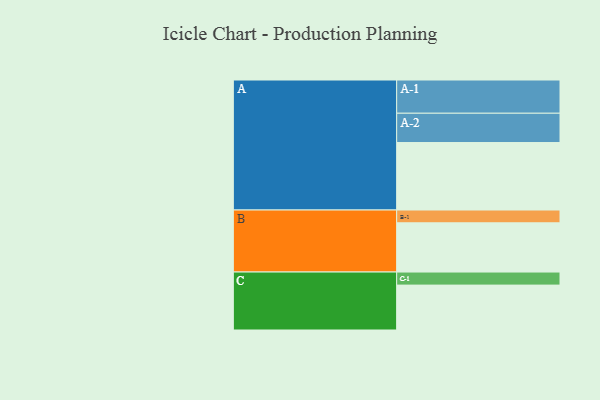
{"axis": {"x": "Segment", "y": "Value"}, "legend": ["", "A", "B", "C"], "data": [{"x": "A", "y": 532, "type": ""}, {"x": "B", "y": 388, "type": ""}, {"x": "C", "y": 354, "type": ""}, {"x": "A-1", "y": 262, "type": "A"}, {"x": "A-2", "y": 231, "type": "A"}, {"x": "B-1", "y": 101, "type": "B"}, {"x": "C-1", "y": 103, "type": "C"}]}